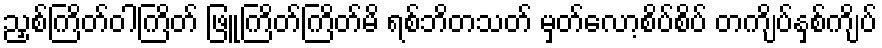
ညှစ်ကြိတ်ဝါကြိတ် ဖြူကြိတ်ကြိတ်မိ ရစ်ဘိတသတ် မှတ်လော့စိပ်စိပ် တကျိပ်နှစ်ကျိပ်